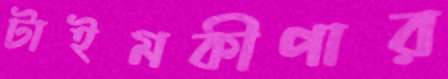
টাইমকীপার